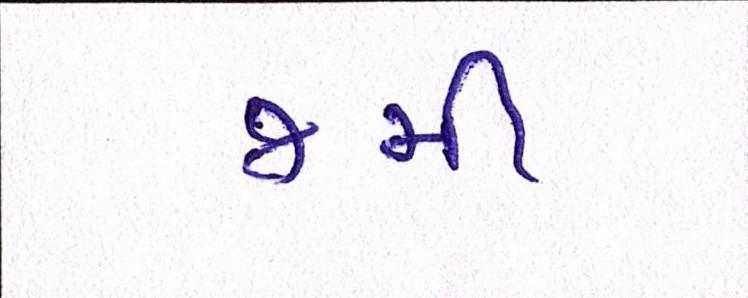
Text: જમી